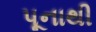
પૂનાથી